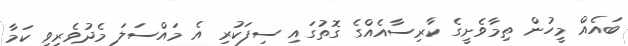
ބައެއް މީހުން ތިމާވެށީގެ ކާރިސާއެއްގެ ގޮތުގައި ސިފަކުރި އެ މައްސަލަ މެދުވެރިވީ ކަމާ